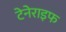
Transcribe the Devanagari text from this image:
टेनेराइफ